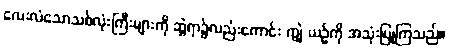
လေးလံသောသစ်လုံးကြီးများကို ဆွဲရာ၌လည်းကောင်း ကျွဲ ယဉ်ကို အသုံးပြုကြသည်။